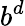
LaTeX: b^{d}